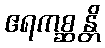
ဧရကစ္ဆန္တိ